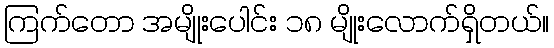
ကြက်တော အမျိုးပေါင်း ၁၈ မျိုးလောက်ရှိတယ်။